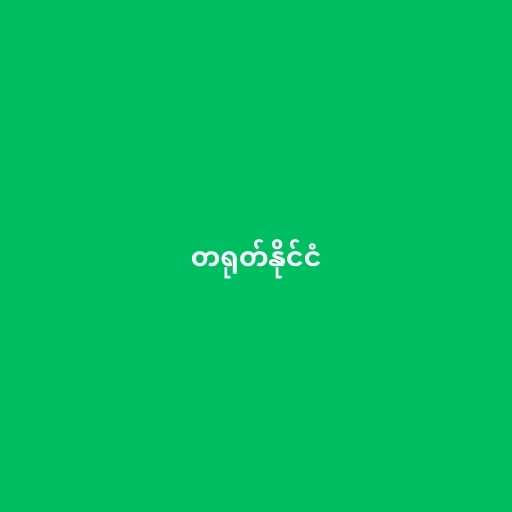
တရုတ်နိုင်ငံ